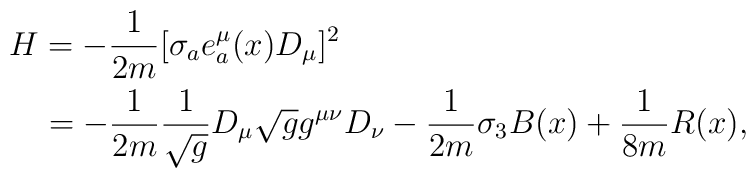
\begin{array}{l}{\displaystyle{H=-\frac{1}{2m}[\sigma_{a}e^{\mu}_{a}(x)D_{\mu}]^{2}}}\hspace{4.6cm}\vspace{0.15cm}\\*\hspace{0.5cm}{\displaystyle{=-\frac{1}{2m}\frac{1}{\sqrt{g}}D_{\mu}\sqrt{g}g^{\mu\nu}D_{\nu}-\frac{1}{2m}\sigma_{3}B(x)+\frac{1}{8m}R(x),}}\end{array}